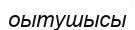
оытушысы